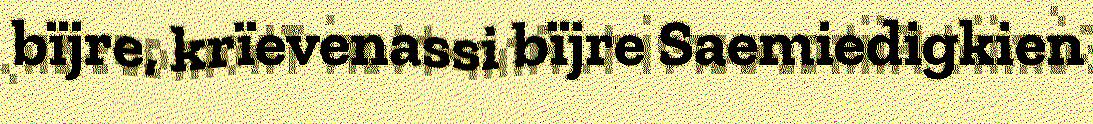
bïjre, krïevenassi bïjre Saemiedigkien